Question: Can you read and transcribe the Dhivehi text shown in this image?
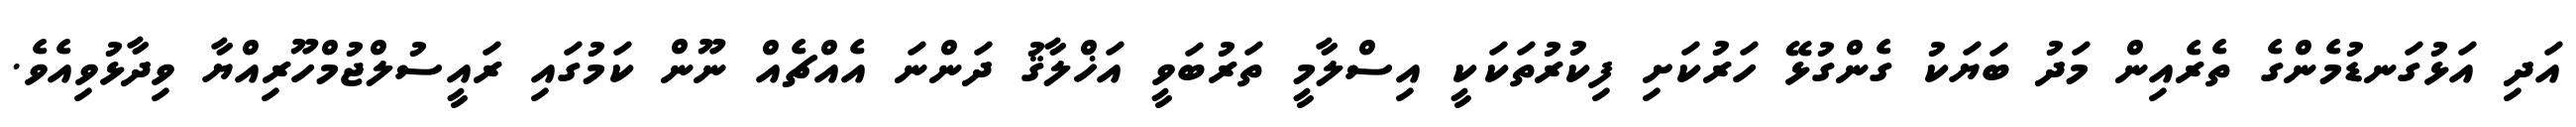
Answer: އަދި އަޅުގަނޑުމެންގެ ތެރެއިން މަދު ބަޔަކު ގެންގުޅޭ ހަރުކަށި ފިކުރުތަކަކީ އިސްލާމީ ތަރުބަވީ އަޚްލާޤު ދަންނަ އެއްޗެއް ނޫން ކަމުގައި ރައީސުލްޖުމްހޫރިއްޔާ ވިދާޅުވިއެވެ.